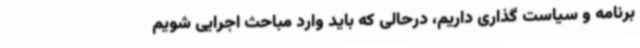
برنامه و سیاست گذاری داریم، درحالی که باید وارد مباحث اجرایی شویم